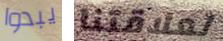
يبدوا لعلاقتنا